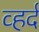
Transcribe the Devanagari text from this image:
व्हर्द